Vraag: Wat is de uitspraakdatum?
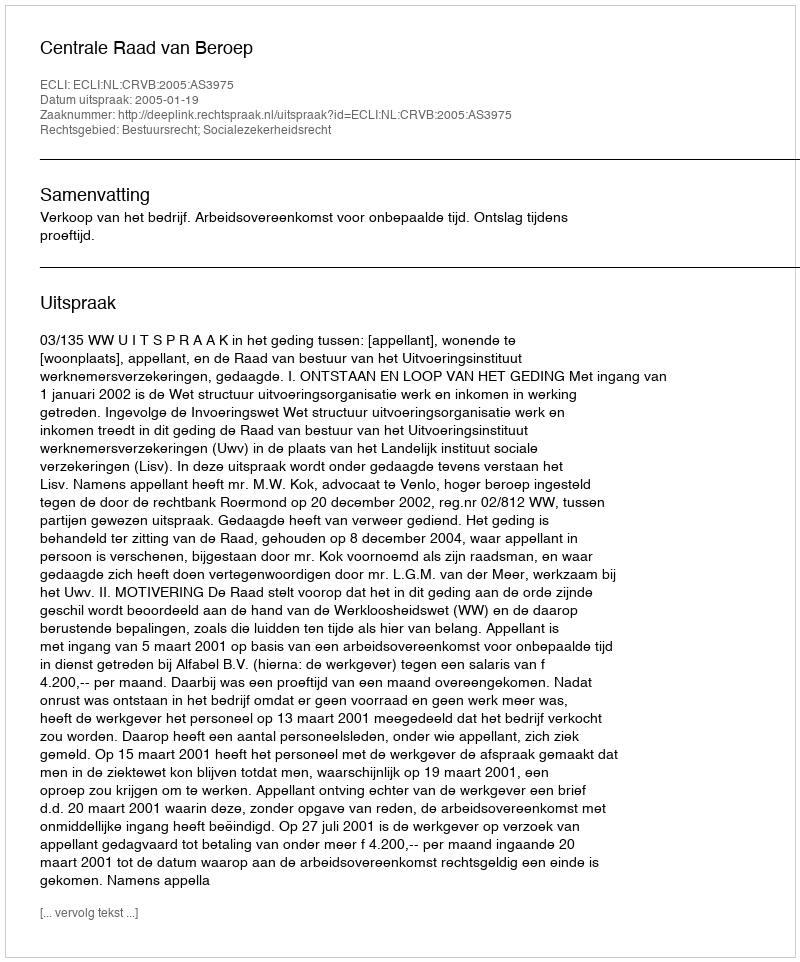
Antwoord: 2005-01-19